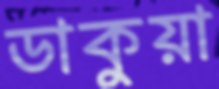
ডাকুয়া